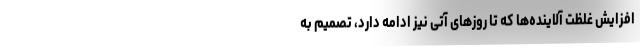
افزایش غلظت آلاینده‌ها که تا روزهای آتی نیز ادامه دارد، تصمیم به